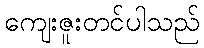
ကျေးဇူးတင်ပါသည်